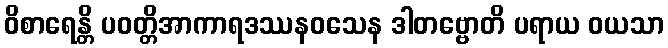
ဝိစာရေန္တိ ပဝတ္တိအာကာရဒဿနဝသေန ဒါတဗ္ဗောတိ ပရာယ ဝယသာ